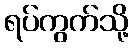
ရပ်ကွက်သို့